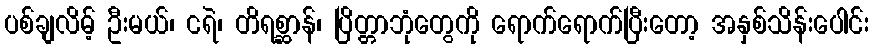
ပစ်ချလိမ့် ဦးမယ်၊ ငရဲ၊ တိရစ္ဆာန်၊ ပြိတ္တာဘုံတွေကို ရောက်ရောက်ပြီးတော့ အနှစ်သိန်းပေါင်း